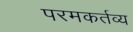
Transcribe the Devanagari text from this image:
परमकर्तव्य